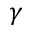
\gamma